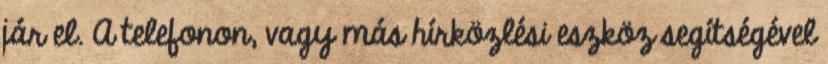
jár el. A telefonon, vagy más hírközlési eszköz segítségével